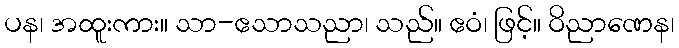
ပန၊ အထူးကား။ သာ-ဧသာသညာ၊ သည်။ ဧဝံ၊ ဖြင့်။ ဝိညာဏေန၊